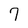
Character: 7